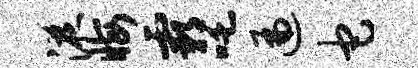
液晦霸吒遍它